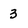
Character: 3